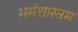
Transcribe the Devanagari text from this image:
मर्मशास्त्रम